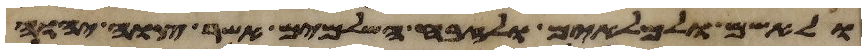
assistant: ולאשם ולמלאים ולזבח השלמים אשר צוה יהוה